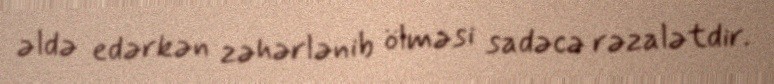
əldə edərkən zəhərlənib ölməsi sadəcə rəzalətdir.